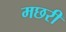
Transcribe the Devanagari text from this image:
मछरी